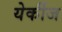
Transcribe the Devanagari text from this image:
येर्कीज